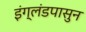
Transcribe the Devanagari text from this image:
इंग्लंडपासुन